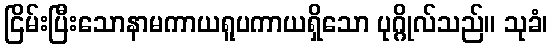
ငြိမ်းပြီးသောနာမကာယရူပကာယရှိသော ပုဂ္ဂိုလ်သည်။ သုခံ၊